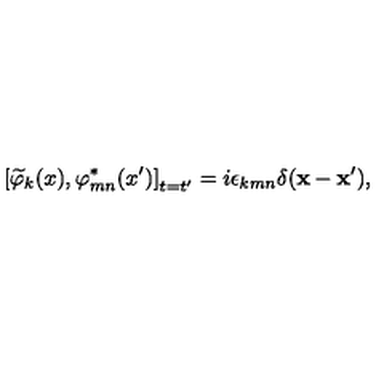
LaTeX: \left[ \widetilde { \varphi } _ { k } ( x ) , \varphi _ { m n } ^ { * } ( x ^ { \prime } ) \right] _ { t = t ^ { \prime } } = i \epsilon _ { k m n } \delta ( \mathbf { x } - \mathbf { x } ^ { \prime } ) ,